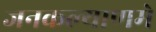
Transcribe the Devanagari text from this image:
जनकल्याणमे